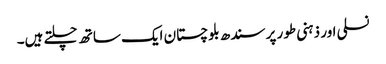
نسلی اور ذہنی طور پر سندھ بلوچستان ایک ساتھ چلتے ہیں۔